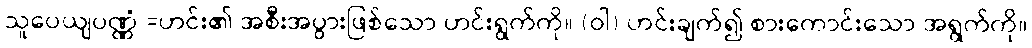
သူပေယျပဏ္ဏံ =ဟင်း၏ အစီးအပွားဖြစ်သော ဟင်းရွက်ကို။ (ဝါ) ဟင်းချက်၍ စားကောင်းသော အရွက်ကို။